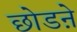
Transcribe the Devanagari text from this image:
छोडऩे